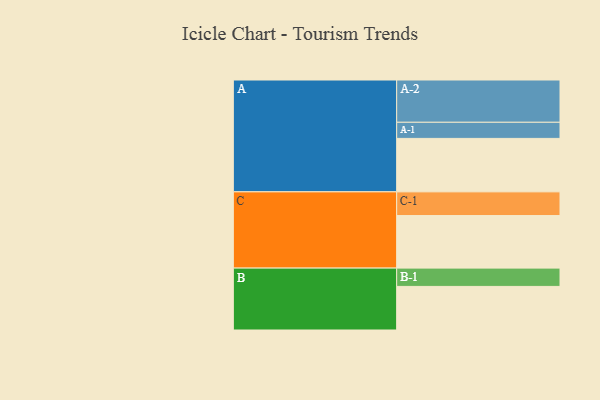
{"axis": {"x": "Segment", "y": "Value"}, "legend": ["", "A", "B", "C"], "data": [{"x": "A", "y": 368, "type": ""}, {"x": "B", "y": 300, "type": ""}, {"x": "C", "y": 362, "type": ""}, {"x": "A-1", "y": 111, "type": "A"}, {"x": "A-2", "y": 291, "type": "A"}, {"x": "B-1", "y": 126, "type": "B"}, {"x": "C-1", "y": 163, "type": "C"}]}